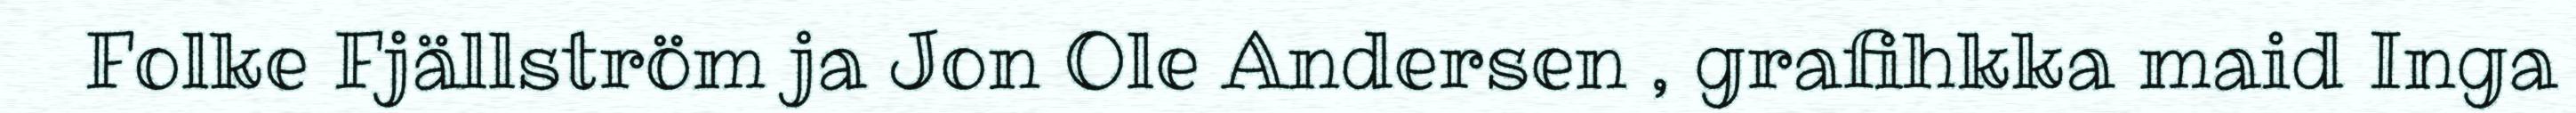
Folke Fjällström ja Jon Ole Andersen , grafihkka maid Inga